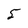
Character: 5